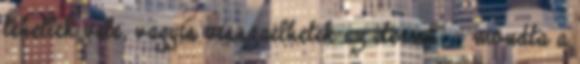
tehetlek vele, vagyis visszaélhetek az éterrel” - mondta a